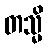
တသ္မိ